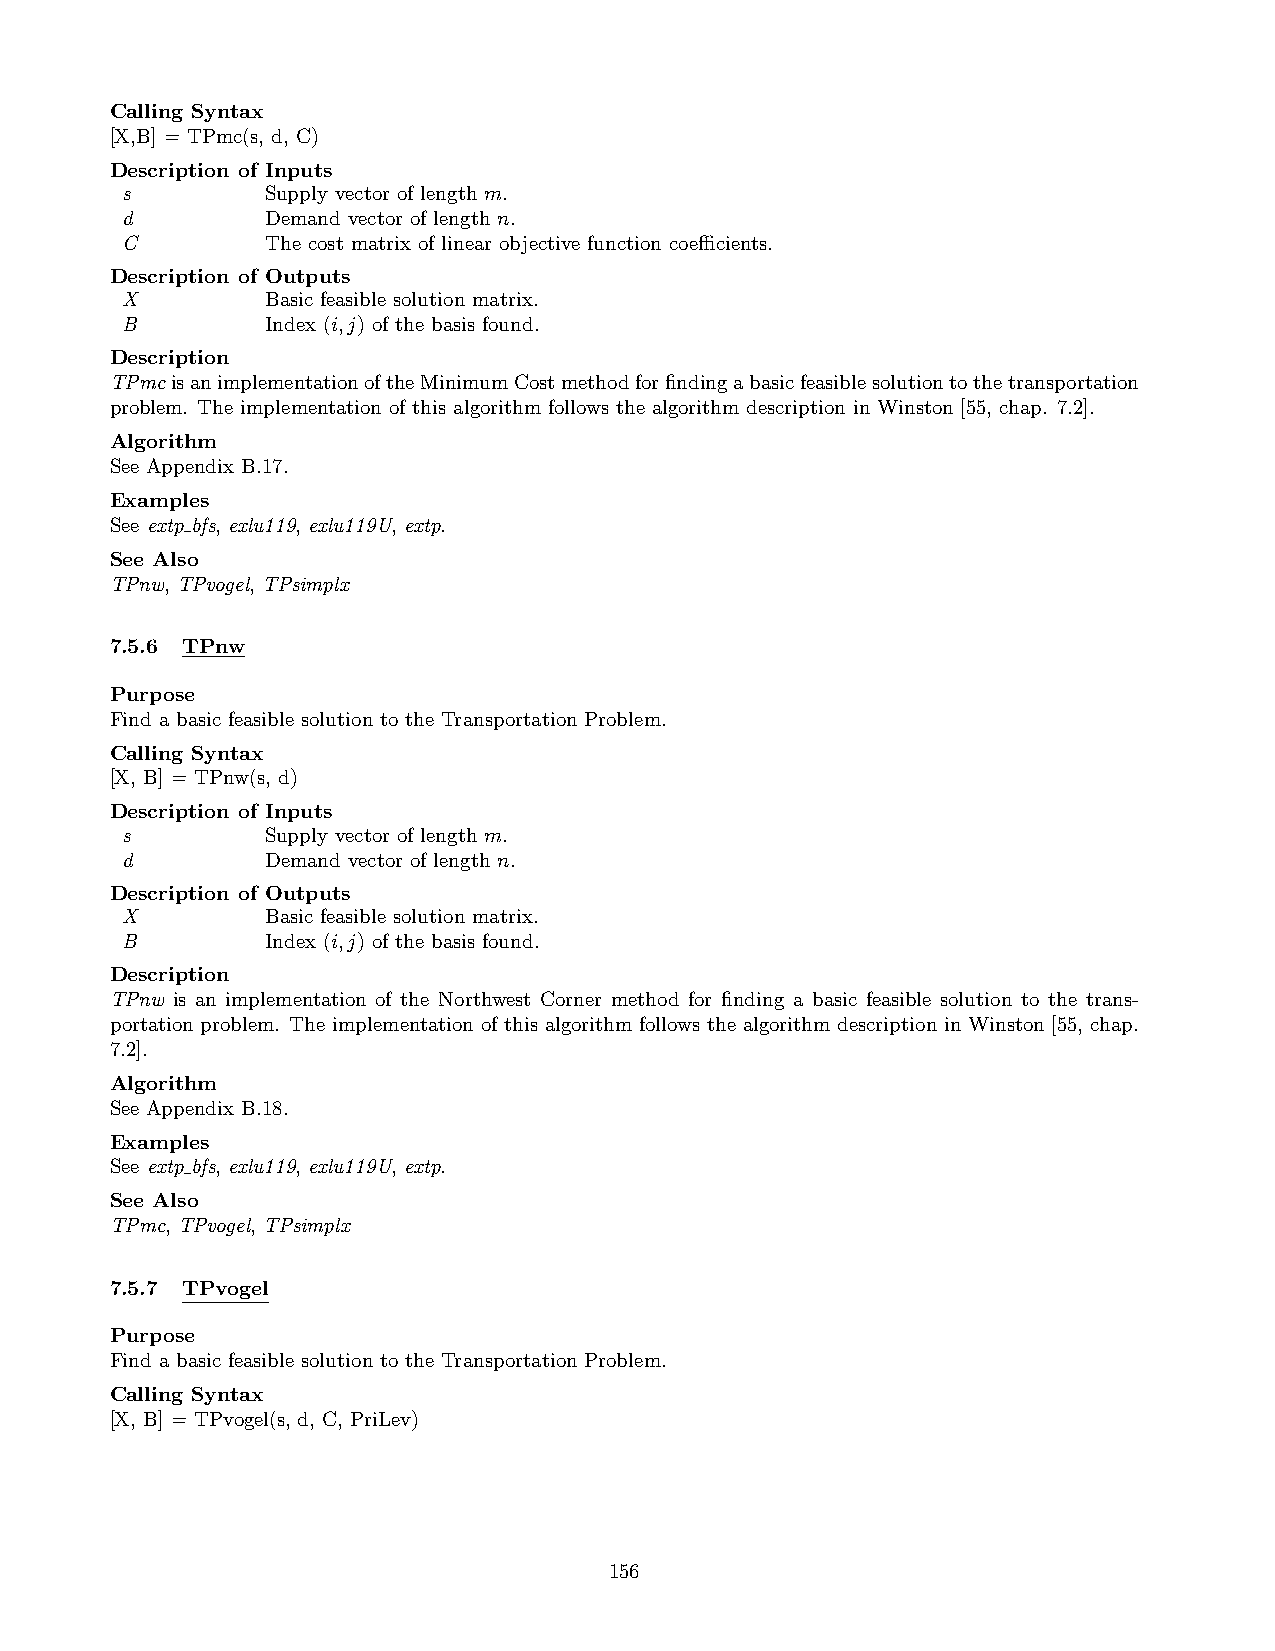
Calling Syntax
 [X,B] = TPmc(s, d, C)
 Description of Inputs
 s         Supply vector of length m.
 d         Demand vector of length n.
 C         The cost matrix of linear objective function coefficients.
 Description of Outputs
 X         Basic feasible solution matrix.
 B         Index (i,j) of the basis found.
 Description
 TPmcisanimplementationoftheMinimumCostmethodforfindingabasicfeasiblesolutiontothetransportation
 problem. The implementation of this algorithm follows the algorithm description in Winston [55, chap. 7.2].
 Algorithm
 See Appendix B.17.
 Examples
 See extp bfs, exlu119, exlu119U, extp.
 See Also
 TPnw, TPvogel, TPsimplx
 7.5.6 TPnw
 Purpose
 Find a basic feasible solution to the Transportation Problem.
 Calling Syntax
 [X, B] = TPnw(s, d)
 Description of Inputs
 s         Supply vector of length m.
 d         Demand vector of length n.
 Description of Outputs
 X         Basic feasible solution matrix.
 B         Index (i,j) of the basis found.
 Description
 TPnw is an implementation of the Northwest Corner method for finding a basic feasible solution to the trans-
 portation problem. The implementation of this algorithm follows the algorithm description in Winston [55, chap.
 7.2].
 Algorithm
 See Appendix B.18.
 Examples
 See extp bfs, exlu119, exlu119U, extp.
 See Also
 TPmc, TPvogel, TPsimplx
 7.5.7 TPvogel
 Purpose
 Find a basic feasible solution to the Transportation Problem.
 Calling Syntax
 [X, B] = TPvogel(s, d, C, PriLev)
 156